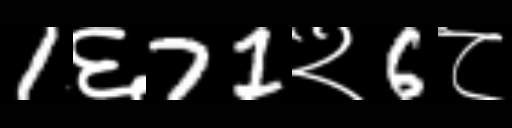
Text: 1६71२6८